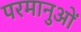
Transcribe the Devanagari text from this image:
परमानुओं